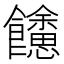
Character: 𩟳